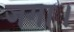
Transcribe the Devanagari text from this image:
जगा।